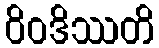
ဝိဝဒိဿတိ